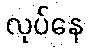
လုပ်နေ